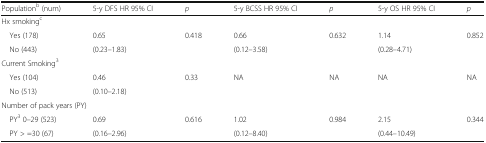
<table><thead><tr><td><b>Population<sup>b</sup> (num)</b></td><td><b>5-y DFS HR 95% CI</b></td><td><b><i>p</i></b></td><td><b>5-y BCSS HR 95% CI</b></td><td><b><i>p</i></b></td><td><b>5-y OS HR 95% CI</b></td><td><b><i>p</i></b></td></tr></thead><tbody><tr><td colspan="7">Hx smoking<sup>c</sup></td></tr><tr><td> Yes (178)</td><td>0.65</td><td rowspan="2">0.418</td><td>0.66</td><td rowspan="2">0.632</td><td>1.14</td><td rowspan="2">0.852</td></tr><tr><td> No (443)</td><td>(0.23–1.83)</td><td>(0.12–3.58)</td><td>(0.28–4.71)</td></tr><tr><td colspan="7">Current Smoking<sup>3</sup></td></tr><tr><td> Yes (104)</td><td>0.46</td><td rowspan="2">0.33</td><td rowspan="2">NA</td><td rowspan="2">NA</td><td rowspan="2">NA</td><td rowspan="2">NA</td></tr><tr><td> No (513)</td><td>(0.10–2.18)</td></tr><tr><td colspan="7">Number of pack years (PY)</td></tr><tr><td> PY<sup>3</sup> 0–29 (523)</td><td>0.69</td><td rowspan="2">0.616</td><td>1.02</td><td rowspan="2">0.984</td><td>2.15</td><td rowspan="2">0.344</td></tr><tr><td> PY &gt; =30 (67)</td><td>(0.16–2.96)</td><td>(0.12–8.40)</td><td>(0.44–10.49)</td></tr></tbody></table>